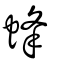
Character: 蜂